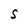
Character: S